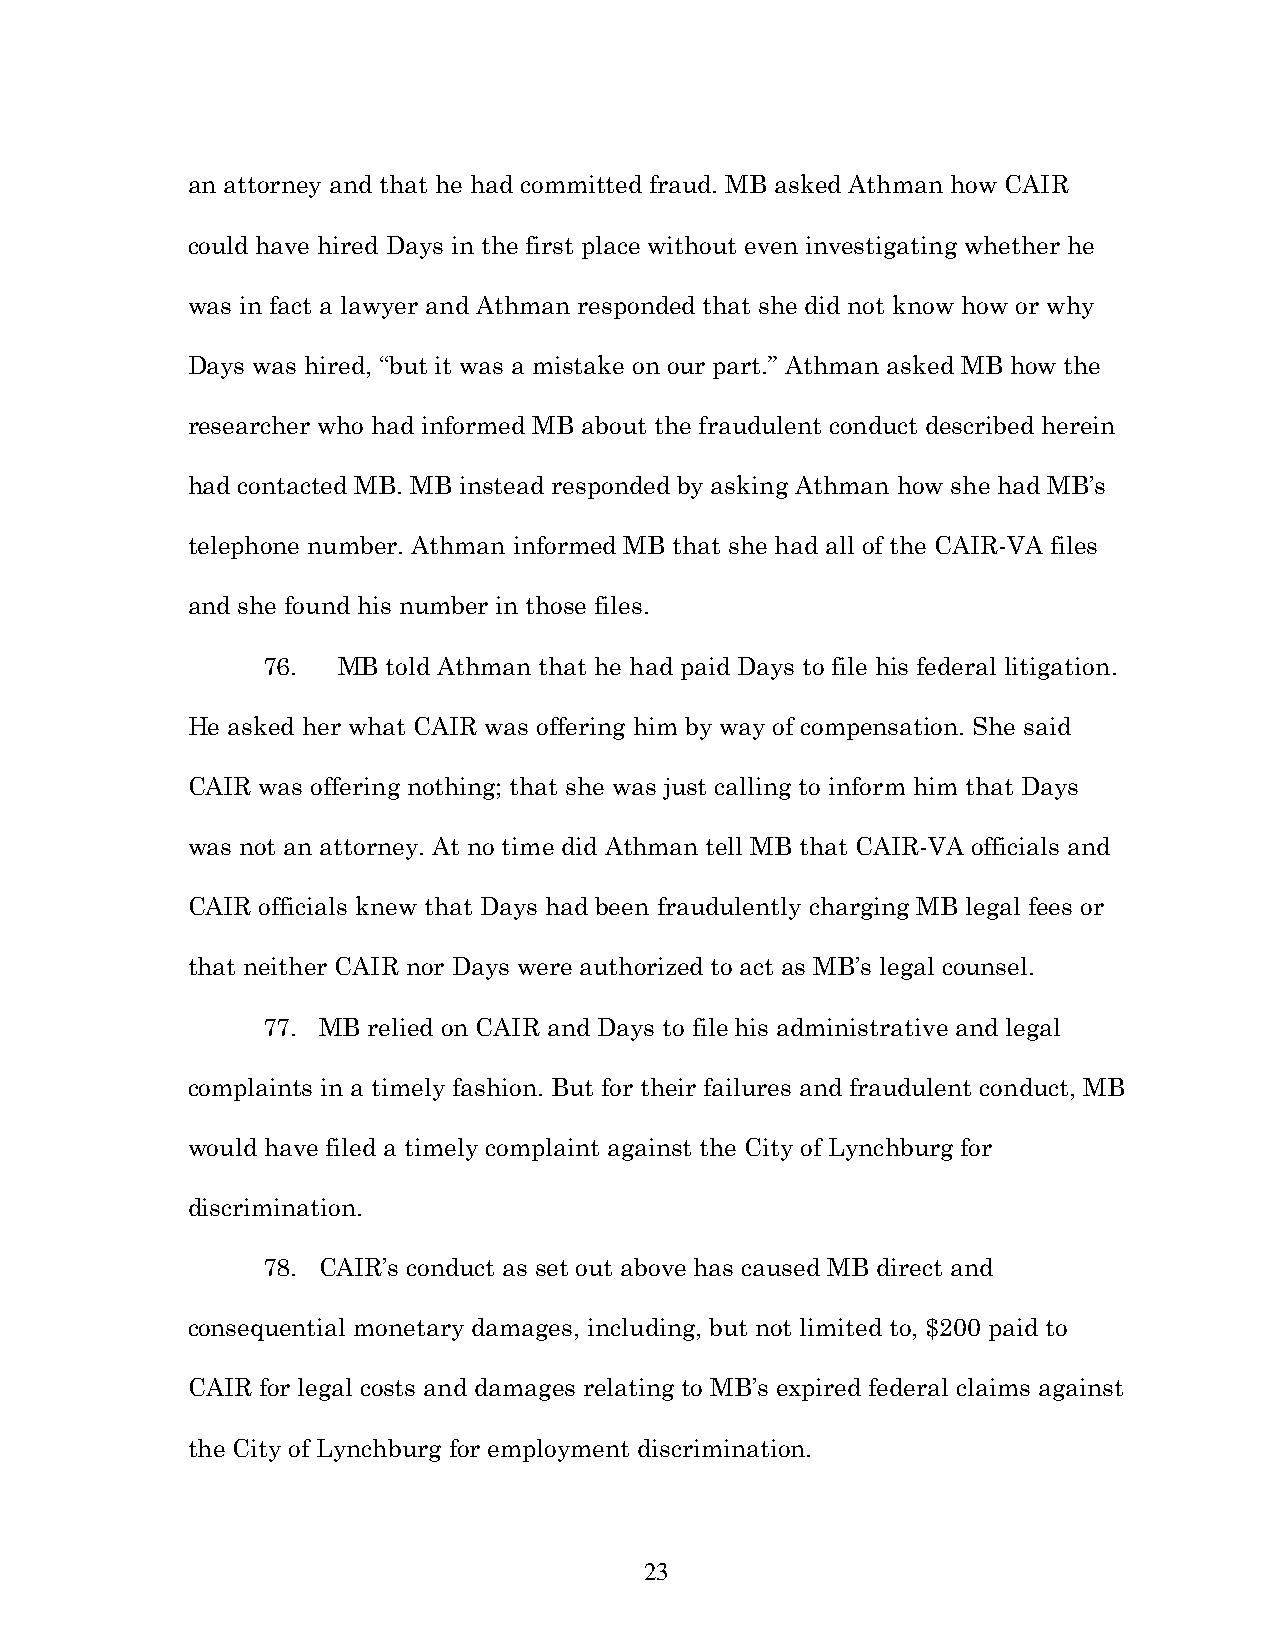
an attorney and that he had committed fraud. MB asked Athman how CAIR
 could have hired Days in the first place without even investigating whether he
 was in fact a lawyer and Athman responded that she did not know how or why
 Days was hired, “but it was a mistake on our part.” Athman asked MB how the
 researcher who had informed MB about the fraudulent conduct described herein
 had contacted MB. MB instead responded by asking Athman how she had MB’s
 telephone number. Athman informed MB that she had all of the CAIR-VA files
 and she found his number in those files.
 76.  MB  told Athman that he had paid Days to file his federal litigation.
 He asked her what CAIR was offering him by way of compensation. She said
 CAIR was offering nothing; that she was just calling to inform him that Days
 was not an attorney. At no time did Athman tell MB that CAIR-VA officials and
 CAIR officials knew that Days had been fraudulently charging MB legal fees or
 that neither CAIR nor Days were authorized to act as MB’s legal counsel.
 77. MB relied on CAIR and Days to file his administrative and legal
 complaints in a timely fashion. But for their failures and fraudulent conduct, MB
 would have filed a timely complaint against the City of Lynchburg for
 discrimination.
 78. CAIR’s conduct as set out above has caused MB direct and
 consequential monetary damages, including, but not limited to, $200 paid to
 CAIR for legal costs and damages relating to MB’s expired federal claims against
 the City of Lynchburg for employment discrimination.
 23